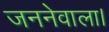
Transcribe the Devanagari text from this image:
जननेवाला।